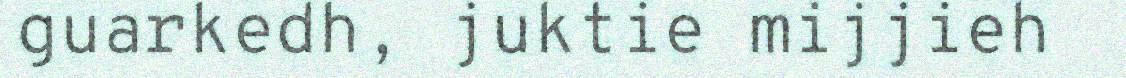
guarkedh, juktie mijjieh